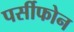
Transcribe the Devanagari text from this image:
पर्सीफोन